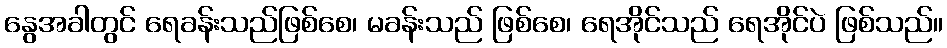
နွေအခါတွင် ရေခန်းသည်ဖြစ်စေ၊ မခန်းသည် ဖြစ်စေ၊ ရေအိုင်သည် ရေအိုင်ပဲ ဖြစ်သည်။